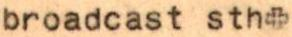
broadcast sth+